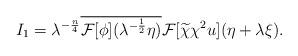
LaTeX: \begin{align*} I_1 =\lambda^{-\frac{n}{4}} \overline{\mathcal{F}[\phi] (\lambda^{-\frac{1}{2}}\eta)} \mathcal{F} [\widetilde{\chi}\chi^2 u](\eta+\lambda\xi). \end{align*}